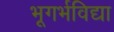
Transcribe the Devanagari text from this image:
भूगर्भविद्या